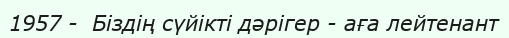
1957 -  Біздің сүйікті дәрігер - аға лейтенант